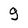
Character: 9